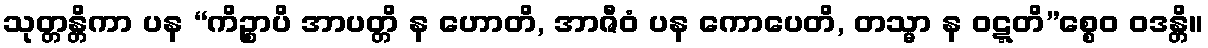
သုတ္တန္တိကာ ပန “ကိဉ္စာပိ အာပတ္တိ န ဟောတိ, အာဇီဝံ ပန ကောပေတိ, တသ္မာ န ဝဋ္ဋတိ”စ္စေဝ ဝဒန္တိ။